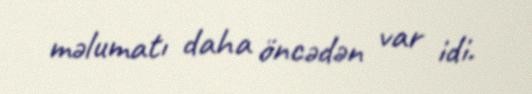
məlumatı daha öncədən var idi.